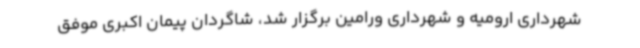
شهرداری ارومیه و شهرداری ورامین برگزار شد، شاگردان پیمان اکبری موفق